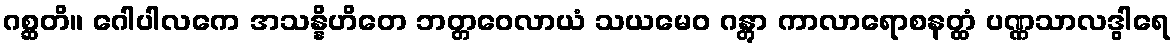
ဂစ္ဆတိ။ ဂေါပါလကေ အသန္နိဟိတေ ဘတ္တဝေလာယံ သယမေဝ ဂန္တွာ ကာလာရောစနတ္ထံ ပဏ္ဏသာလဒွါရေ